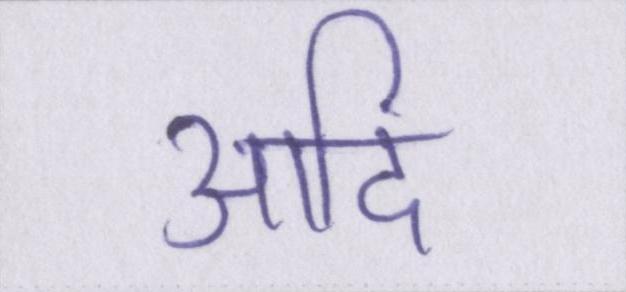
आदि